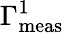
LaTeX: \Gamma_{\mathrm{meas}}^{1}